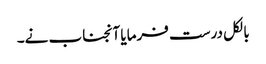
بالکل درست فرمایا آنجناب نے۔